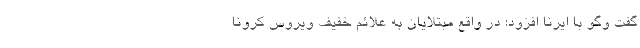
گفت وگو با ایرنا افزود: در واقع مبتلایان به علائم خفیف ویروس کرونا